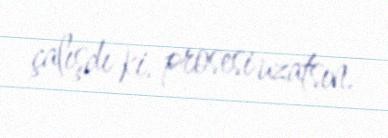
çalışdı ki, prosesi uzatsın.